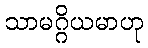
သာမဂ္ဂိယမာဟု